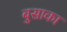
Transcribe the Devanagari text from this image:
बुसाका